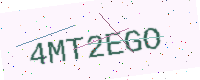
Text: 4MT2EGO